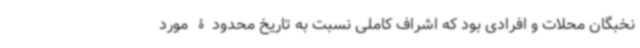
نخبگان محلات و افرادی بود که اشراف کاملی نسبت به تاریخ محدودۀ مورد